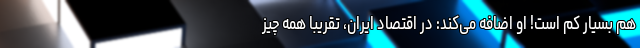
هم بسیار کم است! او اضافه می‌کند: در اقتصاد ایران، تقریباً همه چیز